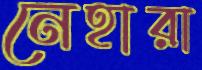
নেহারা